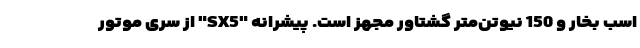
اسب بخار و 150 نیوتن‌متر گشتاور مجهز است. پیشرانه "SX5" از سری موتور